Indian journal of veterinary science and animal husbandry - Volume 5,
Year: 1935
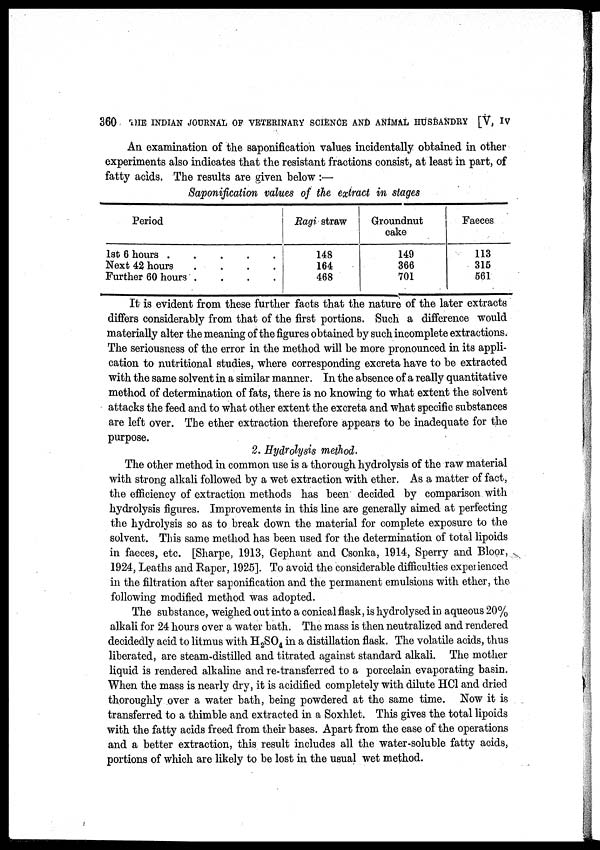
360 THE INDIAN JOURNAL OF VETERINARY SCIENCE AND ANIMAL HUSBANDRY [V, IV
An examination of the saponification values incidentally obtained in other
experiments also indicates that the resistant fractions consist, at least in part, of
fatty acids. The results are given below :—
Saponification values of the extract in stages
Period
1st 6 hours
.
.
.
.
Next 42 hours
.
.
.
.
Further 60 hours
.
.
.
.
Ragi straw
148
164
468
Groundnut
cake
149
366
701
Faeces
113
315
561
It is evident from these further facts that the nature of the later extracts
differs considerably from that of the first portions. Such a difference would
materially alter the meaning of the figures obtained by such incomplete extractions.
The seriousness of the error in the method will be more pronounced in its appli-
cation to nutritional studies, where corresponding excreta have to be extracted
with the same solvent in a similar manner. In the absence of a really quantitative
method of determination of fats, there is no knowing to what extent the solvent
attacks the feed and to what other extent the excreta and what specific substances
are left over. The ether extraction therefore appears to be inadequate for the
purpose.
2. Hydrolysis method.
The other method in common use is a thorough hydrolysis of the raw material
with strong alkali followed by a wet extraction with ether. As a matter of fact,
the efficiency of extraction methods has been decided by comparison with
hydrolysis figures. Improvements in this line are generally aimed at perfecting
the hydrolysis so as to break down the material for complete exposure to the
solvent. This same method has been used for the determination of total lipoids
in faeces, etc. [Sharpe, 1913, Gephant and Csonka, 1914, Sperry and Bloor,
1924, Leaths and Raper, 1925]. To avoid the considerable difficulties experienced
in the filtration after saponification and the permanent emulsions with ether, the
following modified method was adopted.
The substance, weighed out into a conical flask, is hydrolysed in aqueous 20%
alkali for 24 hours over a water bath. The mass is then neutralized and rendered
decidedly acid to litmus with H 2 SO 4 in a distillation flask. The volatile acids, thus
liberated, are steam-distilled and titrated against standard alkali. The mother
liquid is rendered alkaline and re-transferred to a porcelain evaporating basin.
When the mass is nearly dry, it is acidified completely with dilute HCl and dried
thoroughly over a water bath, being powdered at the same time. Now it is
transferred to a thimble and extracted in a Soxhlet. This gives the total lipoids
with the fatty acids freed from their bases. Apart from the ease of the operations
and a better extraction, this result includes all the water-soluble fatty acids,
portions of which are likely to be lost in the usual wet method.